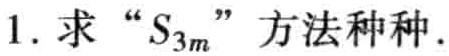
1. 求 “$S_{3m}$” 方法种种.